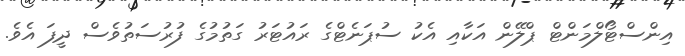
އިންސްޓޯލްމަންޓް ޕްލޭން އަކާއި އެކު ސުޕަނެޓްގެ ރައުޓަރު ގަތުމުގެ ފުރުސަތުވެސް ދީފަ އެވެ.